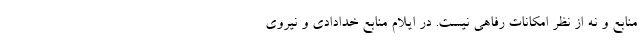
منابع و نه از نظر امکانات رفاهی نیست. در ایلام منابع خدادادی و نیروی